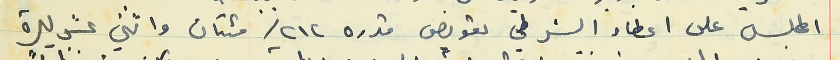
المجلس على اعطاء الشرطي تعويض قدره ٢١٢ / مئتان واثني عشر ليرة